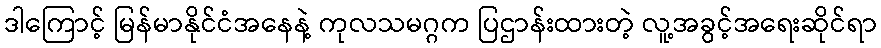
ဒါကြောင့် မြန်မာနိုင်ငံအနေနဲ့ ကုလသမဂ္ဂက ပြဌာန်းထားတဲ့ လူ့အခွင့်အရေးဆိုင်ရာ